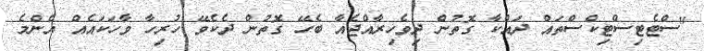
"ސްޓެޓިސްޓިކްސްތައް ދައްކާ ގޮތުން ދިވެހިރާއްޖެއާ ބެހޭ ގޮތުން ދެކެވޭ ހުރިހާ ވާހަކައެއް އެންމެ